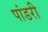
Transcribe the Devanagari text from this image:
पांडरी